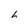
Character: 6